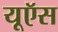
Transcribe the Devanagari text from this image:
यूऍस